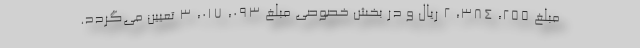
مبلغ ۲۵۵، ۳۸۴، ۲ ریال و در بخش خصوصی مبلغ ۰۹۳، ۰۱۷، ۳ تعیین می‌گردد.